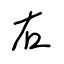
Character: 右